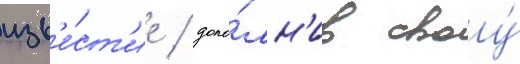
изв'е́ст'ие / допо́лн'ив своу́